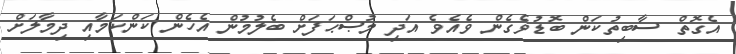
އެގޮތް ސާބިތުކަން ބޮޑުވެގެން ވެއެވެ އަދި މުޞްޙަފަށް ބެލުމުން އެހެން ކަންކަމާއި ދިމާލަށް